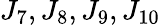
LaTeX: J_{7},J_{8},J_{9},J_{10}